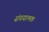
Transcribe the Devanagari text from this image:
संचयात्मक